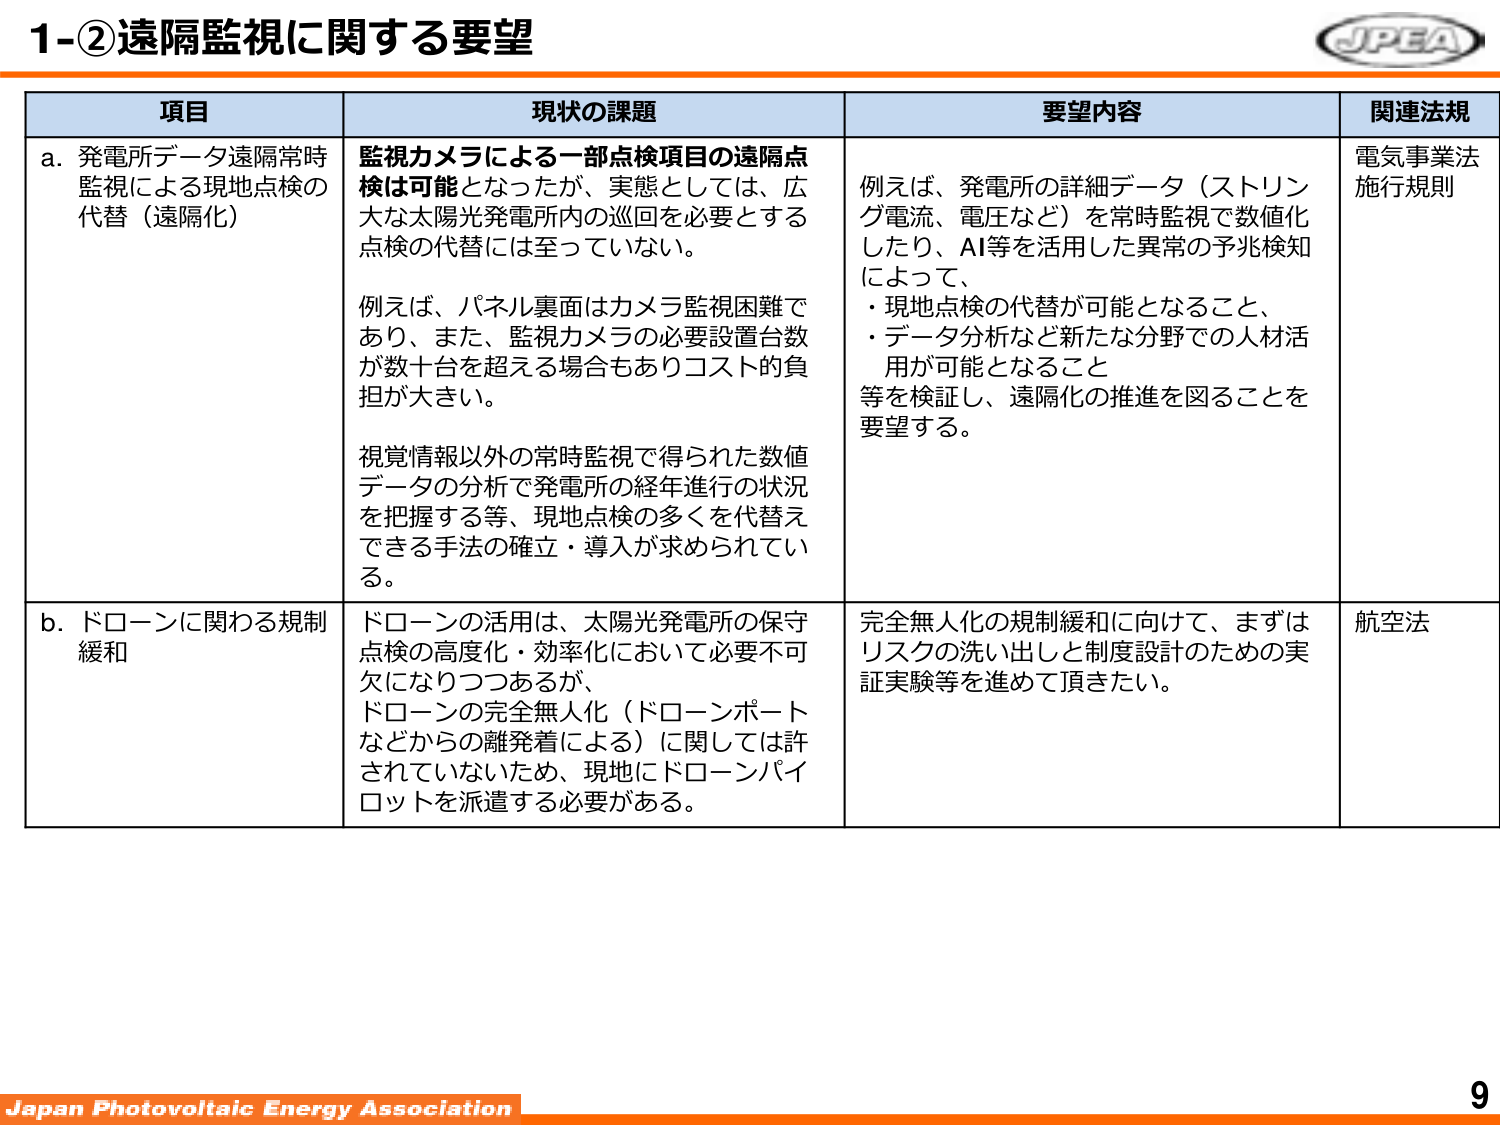
1-②遠隔監視に関する要望

項目 現状の課題 要望内容 関連法規

a. 発電所データ遠隔常時監視による現地点検の代替（遠隔化）
監視カメラによる一部点検項目の遠隔点検は可能となったが、実態としては、広大な太陽光発電所内の巡回を必要とする点検の代替には至っていない。
例えば、パネル裏面はカメラ監視困難であり、また、監視カメラの必要設置台数が数十台を超える場合もありコスト的負担が大きい。
視覚情報以外の常時監視で得られた数値データの分析で発電所の経年進行の状況を把握する等、現地点検の多くを代替できる手法の確立・導入が求められている。
例えば、発電所の詳細データ（ストリング電流、電圧など）を常時監視で数値化したり、AI等を活用した異常の予兆検知によって、
・現地点検の代替が可能となること、
・データ分析など新たな分野での人材活用が可能となること
等を検証し、遠隔化の推進を図ることを要望する。
電気事業法施行規則

b. ドローンに関する規制緩和
ドローンの活用は、太陽光発電所の保守点検の高度化・効率化において必要不可欠になりつつあるが、
ドローンの完全無人化（ドローンポートなどからの離発着による）に関しては許されていないため、現地にドローンパイロットを派遣する必要がある。
完全無人化の規制緩和に向けて、まずはリスクの洗い出しと制度設計のための実証実験等を進めて頂きたい。
航空法

Japan Photovoltaic Energy Association
9